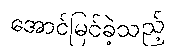
အောင်မြင်ခဲ့သည့်